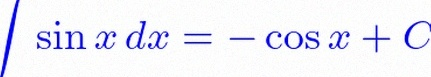
\int \sin x\,dx=-\cos x+C